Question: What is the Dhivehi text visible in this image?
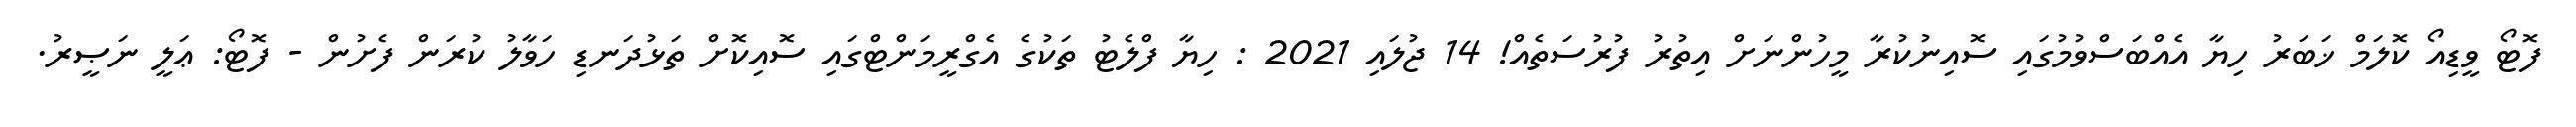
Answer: ފޮޓޯ ވީޑިއޯ ކޮލަމް ޚަބަރު ހިޔާ އެއްބަސްވުމުގައި ސޮއިނުކުރާ މީހުންނަށް އިތުރު ފުރުސަތެއް! 14 ޖުލައި 2021 : ހިޔާ ފްލެޓު ތަކުގެ އެގްރީމަންޓްގައި ސޮއިކޮށް ތަޅުދަނޑި ހަވާލު ކުރަން ފެށުން - ފޮޓޯ: ޢަލީ ނަޞީރު.